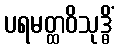
ပရမတ္ထဝိသုဒ္ဓိံ